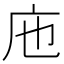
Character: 𢇚